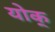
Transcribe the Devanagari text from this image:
योक्